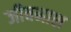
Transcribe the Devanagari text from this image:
जीवनाश